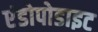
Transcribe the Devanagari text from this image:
एंडोपोडाइट